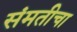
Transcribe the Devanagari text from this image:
संमतीचा